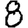
Digit: 8